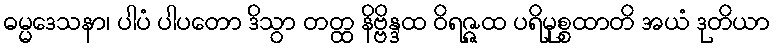
ဓမ္မဒေသနာ၊ ပါပံ ပါပတော ဒိသွာ တတ္ထ နိဗ္ဗိန္ဒထ ဝိရဇ္ဇထ ပရိမုစ္စထာတိ အယံ ဒုတိယာ